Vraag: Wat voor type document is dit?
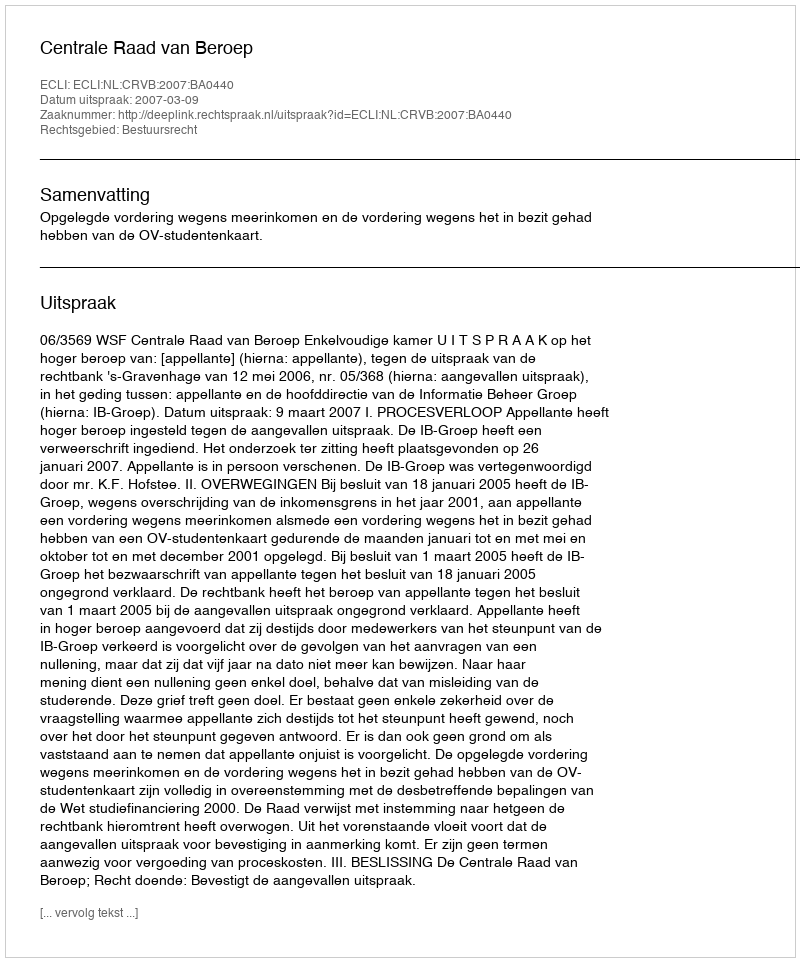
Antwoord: Uitspraak